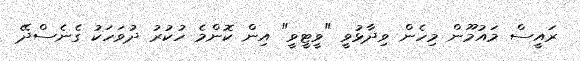
ރައީސް މައުމޫން މިހެން ވިދާޅުވީ "ވީޓީވީ" އިން ކޮންމެ ހުކުރު ދުވަހަކު ގެނެސްދޭ